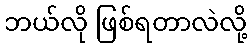
ဘယ်လို ဖြစ်ရတာလဲလို့